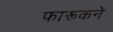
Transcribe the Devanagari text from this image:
फारूकने